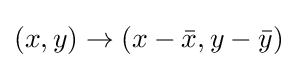
(x,y)\to (x-{\bar {x}},y-{\bar {y}})